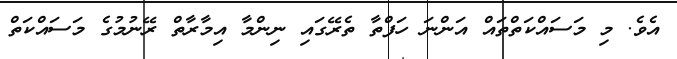
އެވެ. މި މަސައްކަތްތައް އަންނަ ހަފްތާ ތެރޭގައި ނިންމާ އިމާރާތް ރޭނުމުގެ މަސައްކަތް